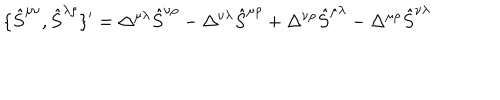
LaTeX: \{ \hat { S } ^ { \mu \nu } , \hat { S } ^ { \lambda \rho } \} ^ { \prime } = \Delta ^ { \mu \lambda } \hat { S } ^ { \nu \rho } - \Delta ^ { \nu \lambda } \hat { S } ^ { \mu \rho } + \Delta ^ { \nu \rho } \hat { S } ^ { \mu \lambda } - \Delta ^ { \mu \rho } \hat { S } ^ { \nu \lambda }